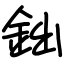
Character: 鈯